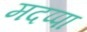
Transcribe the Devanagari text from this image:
मदप्पा